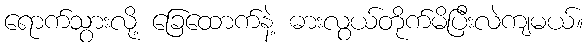
ရောက်သွားလို့ ခြေထောက်နဲ့ ဓားလွယ်တိုက်မိပြီးလဲကျမယ်။